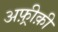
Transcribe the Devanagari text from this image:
अफ़्रीक़ी